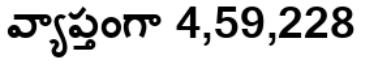
వ్యాప్తంగా 4,59,228